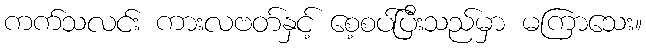
ကက်သလင်း ကားလဗတ်နှင့် စေ့စပ်ပြီးသည်မှာ မကြာသေး။